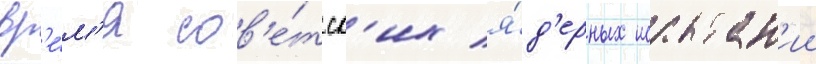
вр'е́м'я сов'е́тск'их я́д'ерных испытан'ии